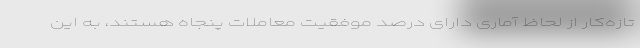
تازه‌کار از لحاظ آماری دارای درصد موفقیت معاملات پنجاه هستند، به این